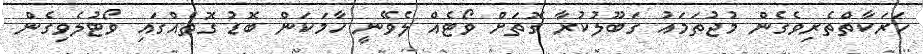
ހަރަކާތްތެރިވެގެން މުޖުތަމައު ގަބޫލުކުރާ ގޮތަށް ވޯޓެއް ލެވޭނީ ހާމަކަން ބޮޑު ގޮތެއްގައި ވޯޓުލެވިގެން